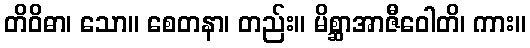
တိဝိဓာ၊ သော။ စေတနာ၊ တည်း။ မိစ္ဆာအာဇီဝေါတိ၊ ကား။